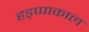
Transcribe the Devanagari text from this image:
हड़प्पाकाल